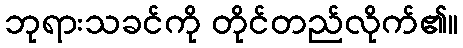
ဘုရားသခင်ကို တိုင်တည်လိုက်၏။